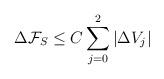
LaTeX: \begin{align*} \Delta \mathcal{F}_{S} \leq C \sum_{j = 0}^2 |\Delta V_j|\end{align*}